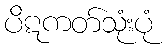
ပိဋကတ်သုံးပုံ